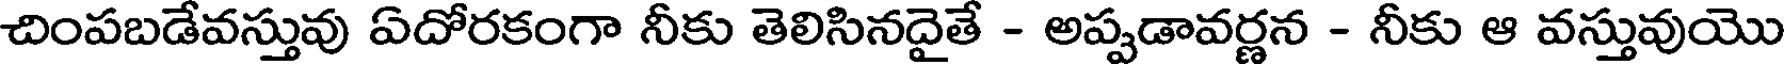
చింపబడేవస్తువు ఏదోరకంగా నీకు తెలిసినదైతే - అప్పడావర్ణన - నీకు ఆ వస్తువుయొ